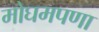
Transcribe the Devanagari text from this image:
मोघमपणा